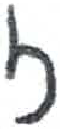
אות: ז